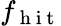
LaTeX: f_{\mathrm{~h~i~t~}}